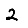
Digit: 2